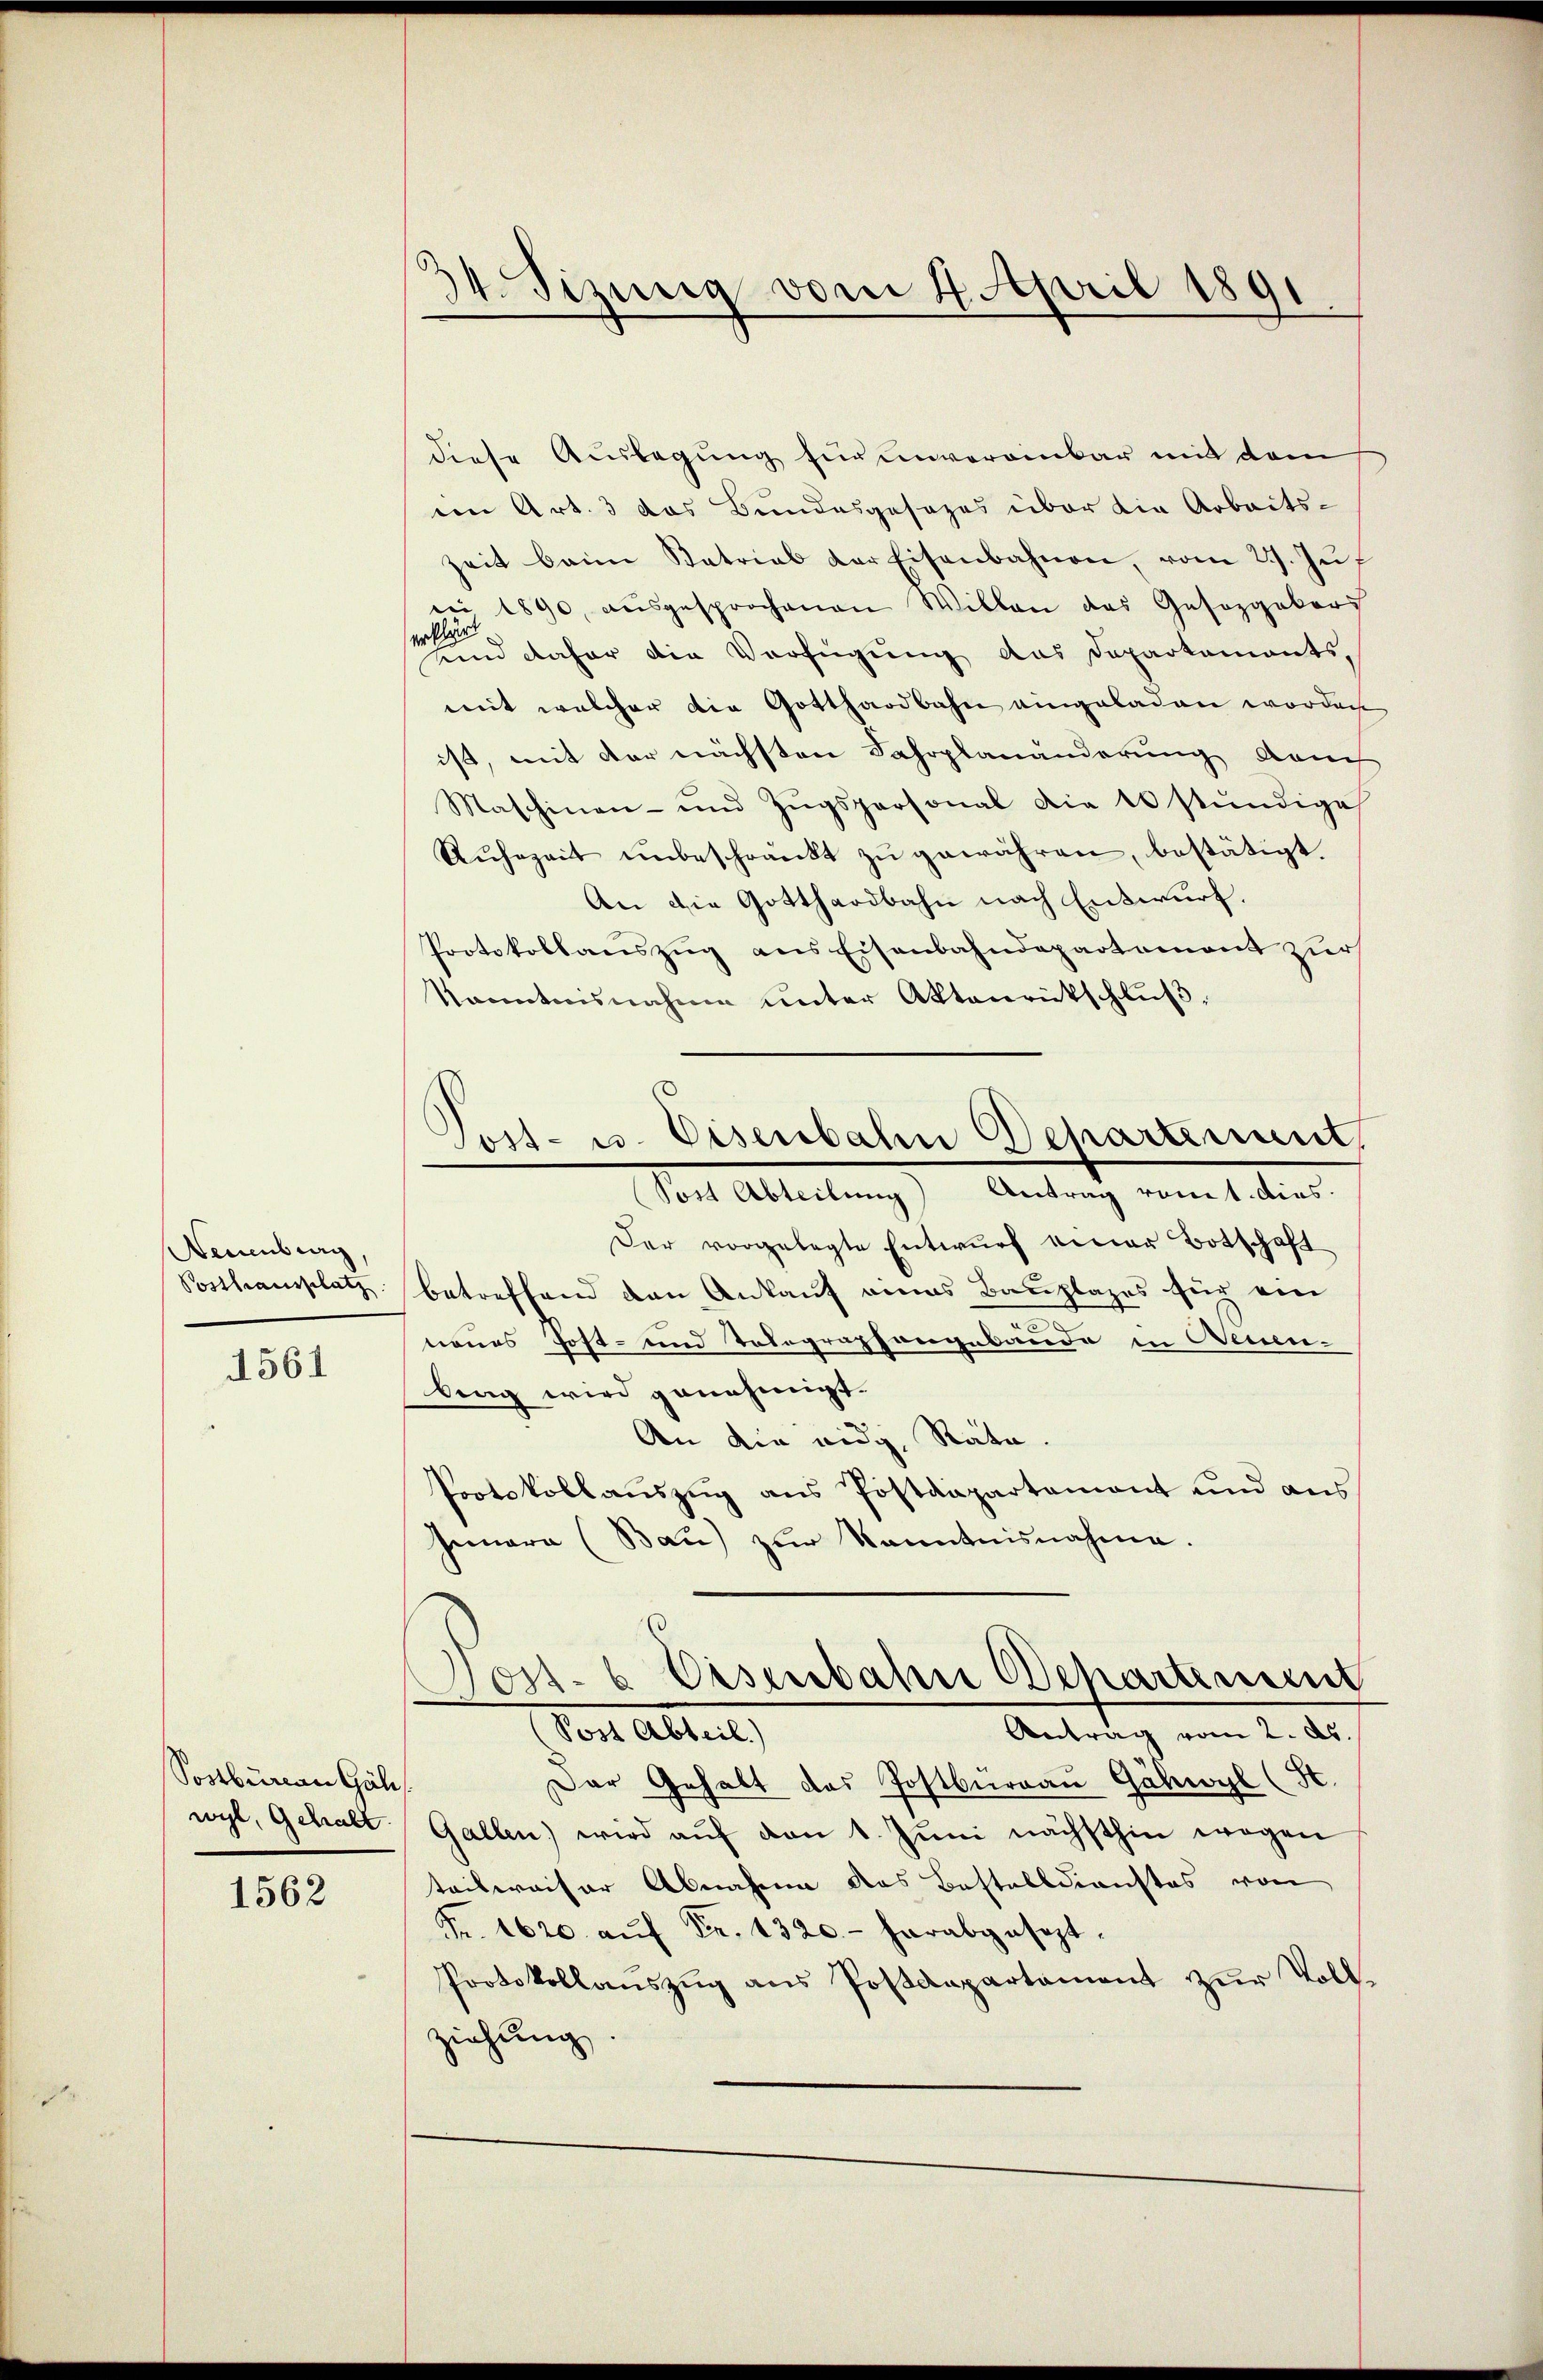
Neuenburg
Posthausplatz
1561

Sostbureau Gäh
wyl, Gehalt

1562

34. Sizung vom 4. April 1891.

diese Auslegung für unvereinbar mit dem
ein Art. 3 das Bundesgesezes über die Arbeits-
zeit beim Katrial der Eisenbahnen, vom 27. Jŭf
ei 1890, aŭsgesprochenen Willen das Gesetzgebers
erklärt
Kind daher die Verfügung das Departements,
mit welcher die Gotthardbahn eingeladen worden
ist, mit der nächsten Fahrplanänderung dam
Maschinen- und Zŭgspersonal die 10 stündige
Rŭhezeit ŭnbeschränkt zŭ gewähren, bestätigt.
An die Gotthardbahn nach Entwurf.
Protokollauszug aus Eisenbahndepartement zur
kanntnisnahme unter Aktenrütschluß:
Der vorgelegte Entwurf einer Botschaft
betreffend den Ankauf eines Bauplages für ein
nenes Post- und Tolegraphengebäude in Neuen-
brag wird genehmigt.
An die eidg. Räte.
Pootskollaŭszŭg ans Postdepartamant und aus
henara (Bau) zŭr Kenntnisnahme.
Vos-6 Eisenbahn Departement
Vor Abteil,
Antrag vom 2. ds.
Der Gehalt das Postburgau Gähwyl (St.
Gallen wird aŭf den 1. Jŭni nächsthin wegen
teilweiser Abnahme das Bestelldienstes von
Fr. 1620. aŭf Fr. 1320.- herabgesezt.
Protokollanszŭg ans Postdepartament zŭr Vollziehung

Post- u. Eisenbahn Dehartement
Antrag vomt. Dies
Mit Ableitung